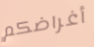
أغراضكم